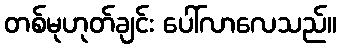
တစ်မုဟုတ်ချင်း ပေါ်လာလေသည်။